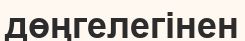
дөңгелегінен